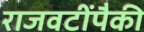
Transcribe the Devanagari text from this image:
राजवटींपैकी